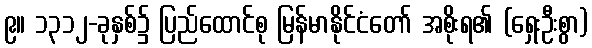
၉။ ၁၃၁၂-ခုနှစ်၌ ပြည်ထောင်စု မြန်မာနိုင်ငံတော် အစိုးရ၏ (ရှေးဦးစွာ)